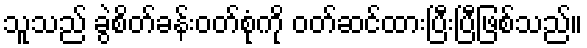
သူသည် ခွဲစိတ်ခန်းဝတ်စုံကို ဝတ်ဆင်ထားပြီးပြီဖြစ်သည်။